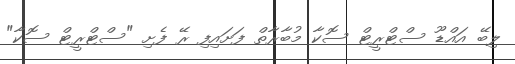
ލިބޭ އައްޑޫ ސްޓްރީޓް ސޮކާ މުބާރާތް ފަށައިފި ރޭ ފެށި "ސްޓްރީޓް ސޮކާ"